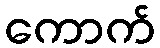
ကောက်